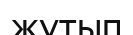
жутып